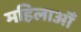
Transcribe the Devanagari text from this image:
महिलाऑँ